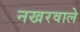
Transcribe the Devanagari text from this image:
नखरवाले